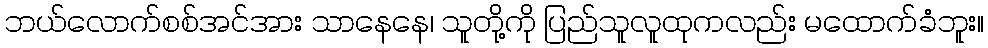
ဘယ်လောက်စစ်အင်အား သာနေနေ၊ သူတို့ကို ပြည်သူလူထုကလည်း မထောက်ခံဘူး။